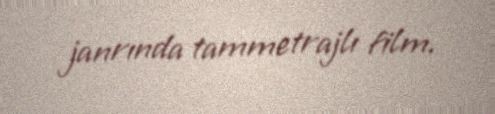
janrında tammetrajlı film.